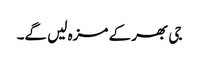
جی بھر کے مزہ لیں گے۔